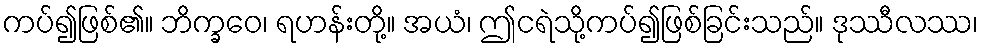
ကပ်၍ဖြစ်၏။ ဘိက္ခဝေ၊ ရဟန်းတို့။ အယံ၊ ဤငရဲသို့ကပ်၍ဖြစ်ခြင်းသည်။ ဒုဿီလဿ၊